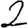
Digit: 2